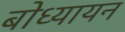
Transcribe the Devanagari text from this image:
बोध्यायन